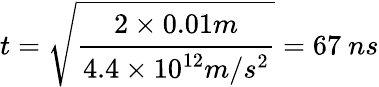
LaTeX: t=\sqrt{\cfrac{2\times 0.01m}{4.4\times 10^{12}m/s^{2}}}=67~ns